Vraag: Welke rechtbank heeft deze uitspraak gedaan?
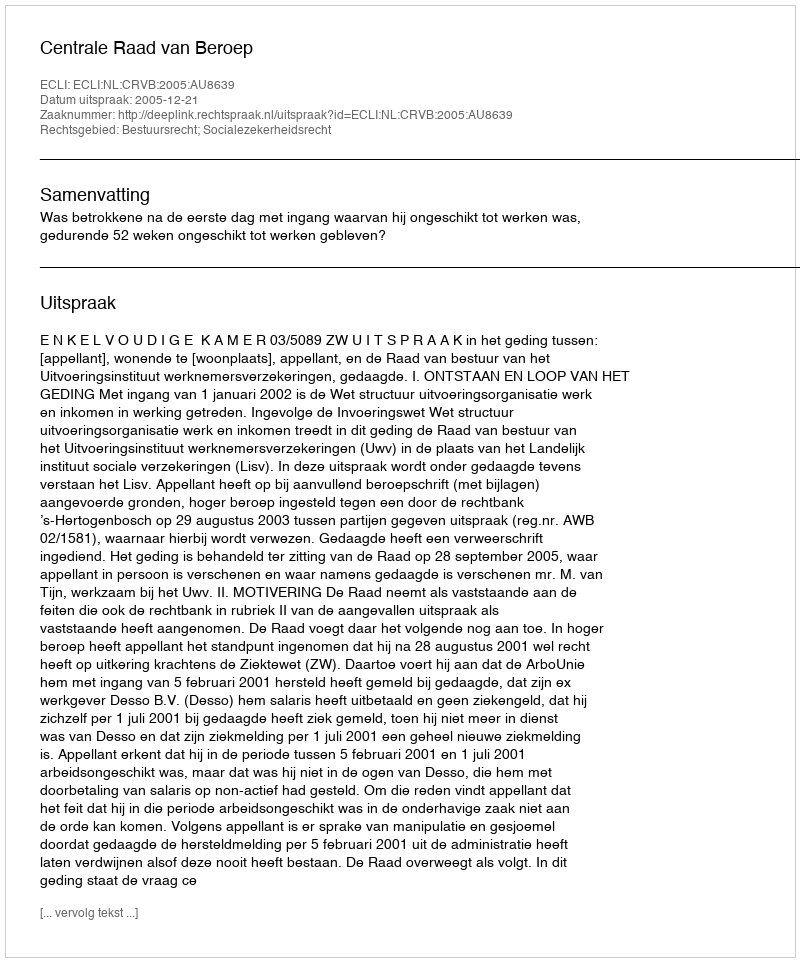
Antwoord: Centrale Raad van Beroep